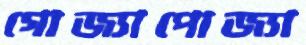
গোজ্যাপোজ্যা